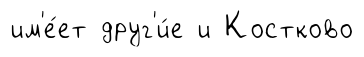
им'е́ет друг'и́е и Костково